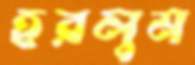
হরলুম